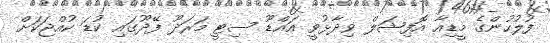
ފުލުހުންގެ މީޑިއާ އޮފިޝަލް ވިދާޅުވީ އައްޑޫ ސިޓީ މަރަދޫ ފޭދޫގައި ކުޑަ ކުއްޖަކަށް